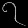
Digit: ၇